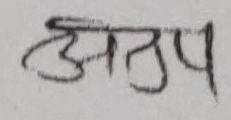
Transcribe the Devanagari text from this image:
अनूप